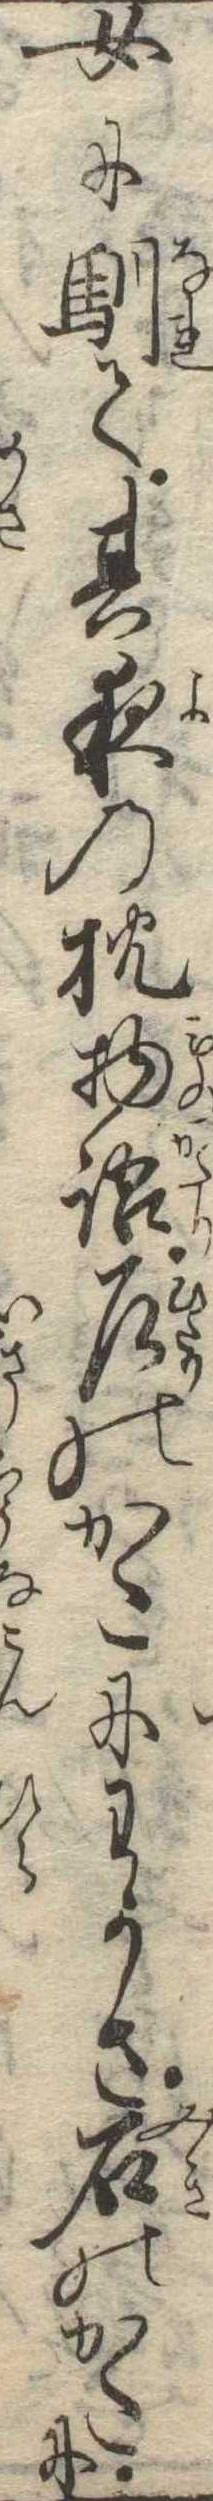
女に馴て其夜の枕物語左のかたにわかさ右のかたに